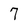
Character: 7